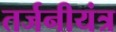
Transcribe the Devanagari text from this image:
तर्जनीयंत्र